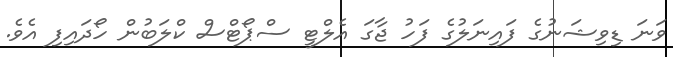
ވަަނަ ޑިވިޝަނުގެ ފައިނަލުގެ ފަހު ޖާގަ އެލްޓީ ސްޕޯޓްސް ކްލަބުން ހޯދައިފި އެވެ.